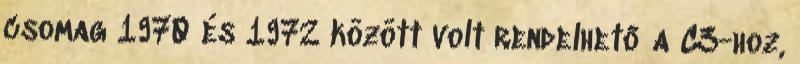
csomag 1970 és 1972 között volt rendelhető a C3-hoz,